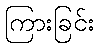
ကြားခြင်း